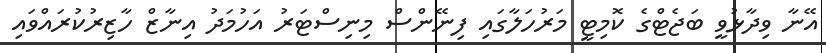
އޭނާ ވިދާޅުވީ ބަޖެޓްގެ ކޮމިޓީ މަރުހަލާގައި ފިނޭންސް މިނިސްޓަރު އަހުމަދު އިނާޒް ހާޒިރުކުރައްވައި